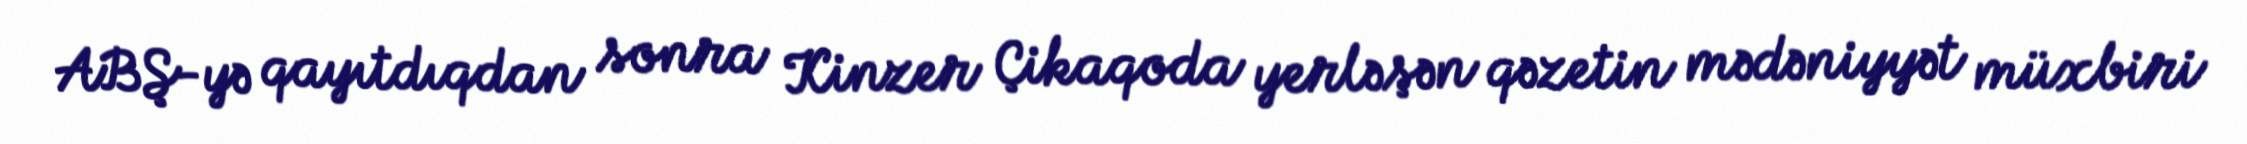
ABŞ-yə qayıtdıqdan sonra Kinzer Çikaqoda yerləşən qəzetin mədəniyyət müxbiri